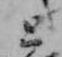
と